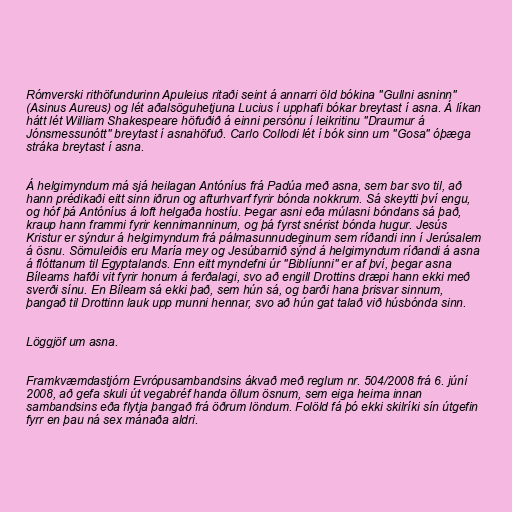
Rómverski rithöfundurinn Apuleius ritaði seint á annarri öld bókina "Gullni asninn"
(Asinus Aureus) og lét aðalsöguhetjuna Lucius í upphafi bókar breytast í asna. Á líkan
hátt lét William Shakespeare höfuðið á einni persónu í leikritinu "Draumur á
Jónsmessunótt" breytast í asnahöfuð. Carlo Collodi lét í bók sinn um "Gosa" óþæga
stráka breytast í asna.

Á helgimyndum má sjá heilagan Antóníus frá Padúa með asna, sem bar svo til, að
hann prédikaði eitt sinn iðrun og afturhvarf fyrir bónda nokkrum. Sá skeytti því engu,
og hóf þá Antóníus á loft helgaða hostíu. Þegar asni eða múlasni bóndans sá það,
kraup hann frammi fyrir kennimanninum, og þá fyrst snérist bónda hugur. Jesús
Kristur er sýndur á helgimyndum frá pálmasunnudeginum sem ríðandi inn í Jerúsalem
á ösnu. Sömuleiðis eru María mey og Jesúbarnið sýnd á helgimyndum ríðandi á asna
á flóttanum til Egyptalands. Enn eitt myndefni úr "Biblíunni" er af því, þegar asna
Bíleams hafði vit fyrir honum á ferðalagi, svo að engill Drottins dræpi hann ekki með
sverði sínu. En Bíleam sá ekki það, sem hún sá, og barði hana þrisvar sinnum,
þangað til Drottinn lauk upp munni hennar, svo að hún gat talað við húsbónda sinn.

Löggjöf um asna.

Framkvæmdastjórn Evrópusambandsins ákvað með reglum nr. 504/2008 frá 6. júní
2008, að gefa skuli út vegabréf handa öllum ösnum, sem eiga heima innan
sambandsins eða flytja þangað frá öðrum löndum. Folöld fá þó ekki skilríki sín útgefin
fyrr en þau ná sex mánaða aldri.